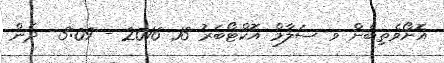
އޮށޯވެތިބެން ވ ސަލާމް އޮކްޓޯބަރު 13